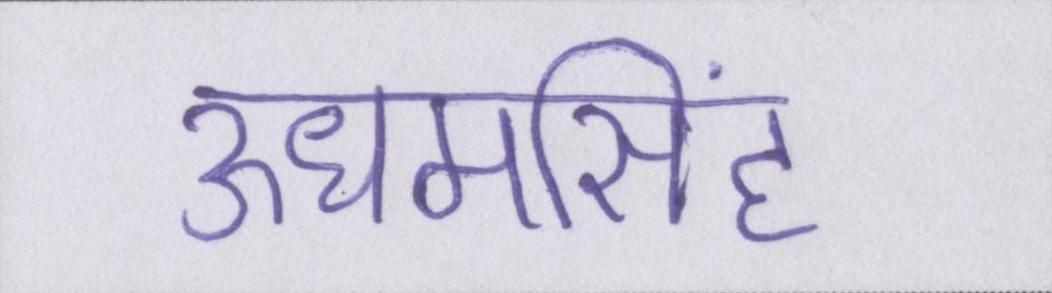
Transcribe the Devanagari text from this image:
ऊधमसिंह